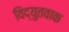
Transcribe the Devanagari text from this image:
विद्युतवाक